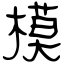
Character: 模